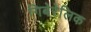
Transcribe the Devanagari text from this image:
गिबेरेलिक